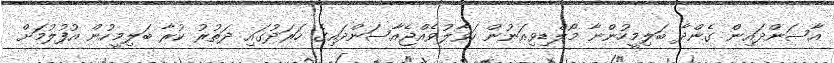
އާސަންދައިން ގެންދާ ބަލިމީހުންނާ މޯލްޑިވިއަނުން ހަވާލުވެއްޖެއާސަންދައިގެ ހަރަދުގައި ދަތުރު ކުރާ ބަލިމީހުން އުފުލުމަށް